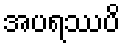
အပရဿပိ